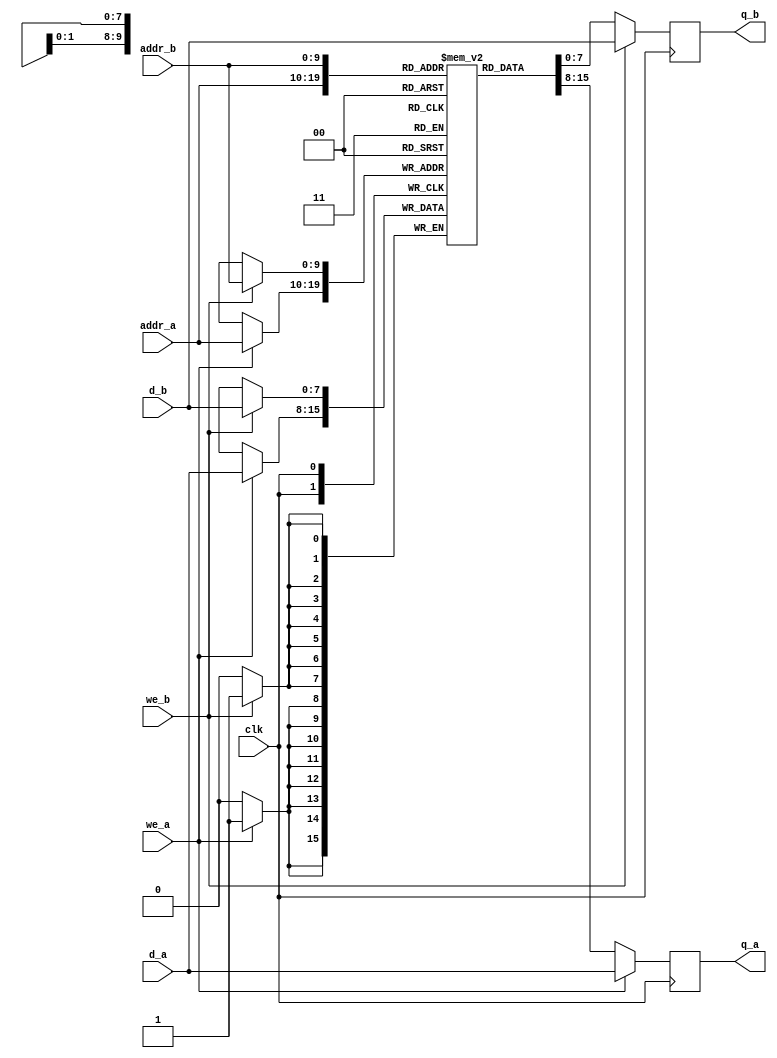
module altera_dual_port_ram_true
	#(
		parameter DATA_WIDTH = 8,	// number of bits in a word
		          ADDR_WIDTH = 10	// number of address bits
	)
	(
		input wire clk,
		input wire we_a, we_b,
		input wire [ADDR_WIDTH-1:0] addr_a, addr_b,
		input wire [DATA_WIDTH-1:0] d_a, d_b,
		output wire [DATA_WIDTH-1:0] q_a, q_b
	);

	// signal declaration
	reg [DATA_WIDTH-1:0] ram [2**ADDR_WIDTH-1:0];
	reg [DATA_WIDTH-1:0] data_a_reg, data_b_reg;

	// body
	// port a 
	always @(posedge clk)
	begin
		if (we_a)
		begin
			ram[addr_a] <= d_a;
			data_a_reg <= d_a;
		end
		else
			data_a_reg <= ram[addr_a];
	end
	// port b
	always @(posedge clk)
	begin
		if (we_b)
		begin
			ram[addr_b] <= d_b;
			data_b_reg <= d_b;
		end
		else
			data_b_reg <= ram[addr_b];
	end

	// output
	assign q_a = data_a_reg;
	assign q_b = data_b_reg;
endmodule